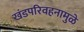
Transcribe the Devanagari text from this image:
खंडपरिवहनामुळे